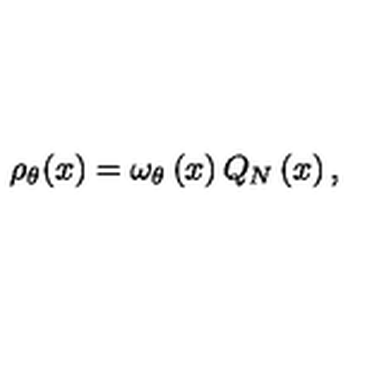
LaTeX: \rho _ { \theta } ( x ) = \omega _ { \theta } \left( x \right) Q _ { N } \left( x \right) ,